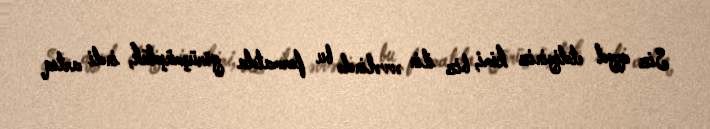
Siz qeyd etdiyiniz kimi, biz ilin əvvəlində bu formatda görüşmüşdük, indi artıq